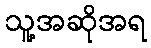
သူ့အဆိုအရ